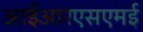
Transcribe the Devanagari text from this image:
आईआरएसएमई